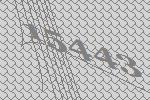
15443